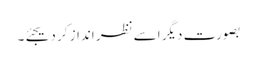
بصورت دیگر اسے نظر انداز کر دیجئے۔